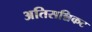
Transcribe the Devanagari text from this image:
अतिसन्निकट